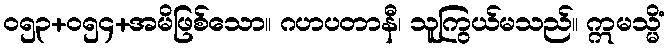
ဝ၅၃+၀၅၄+အမိဖြစ်သော။ ဂဟပတာနီ၊ သူကြွယ်မသည်။ ဣမသ္မိံ